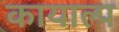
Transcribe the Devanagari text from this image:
कायाल्प